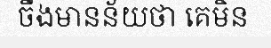
ចឹងមានន័យថា គេមិន